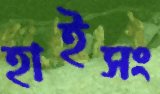
হাইসং